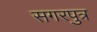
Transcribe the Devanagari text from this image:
सगरपुत्र